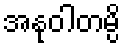
အနုဝါတမ္ပိ